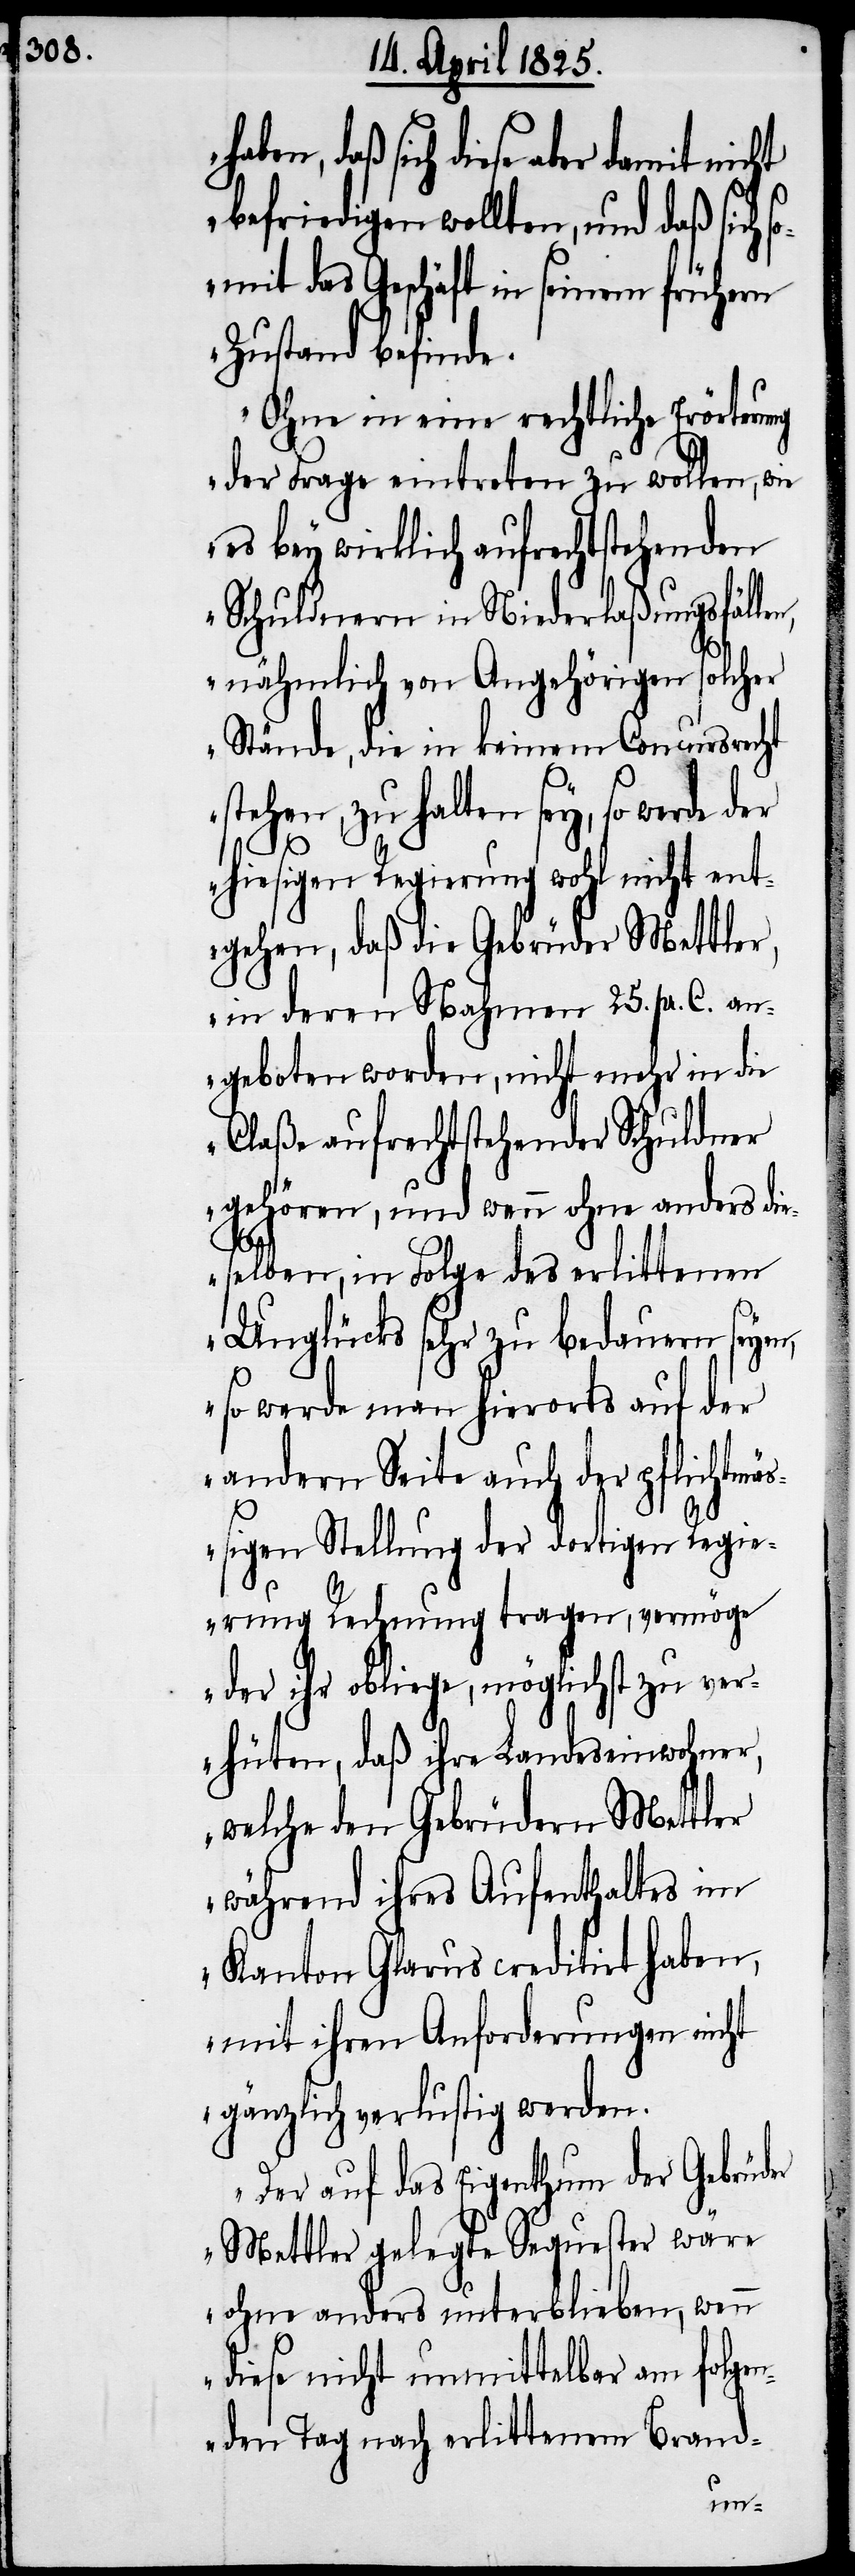
ben, daß sich diese aber damit nicht
befriedigen wollten, und daß sich
somit das Geschäft in seinem frühern
Zustand befinde.
Ohne in eine rechtliche Erörterung
der Frage eintreten zu wollen, wie
es bey wirklich aufrechtstehenden
Schuldnern in Niederlaßungsfällen,
nähmlich von Angehörigen solcher
Stände, die in keinem Concursrecht
stehen, zu halten sey, so werde der
hiesigen Regierung wohl nicht ent¬
gehen, daß die Gebrüder Mettler,
in deren Nahmen 25. pr. C. an¬
geboten worden, nicht mehr in die
Claße aufrechtstehender Schuldner
gehören, und wenn ohne anders die¬
selben, in Folge des erlittenen
Unglücks sehr zu bedauern seyen,
so werde man hierorts auf der
andern Seite auch der pflichtmäß¬
igen Stellung der dortigen Regie¬
rung Rechnung tragen, vermöge
der ihr obliege, möglichst zu ver¬
hüten, daß ihre Landeseinwohner,
welche den Gebrüdern Mettler
während ihres Aufenthaltes im
Kanton Glarus creditirt haben,
mit ihren Anforderungen nicht
gänzlich verlustig werden.
Der auf das Eigenthum der Gebrüder
Mettler gelegte Sequester wäre
ohne anders unterblieben, wenn
diese nicht unmittelbar am folgen¬
den Tag nach erlittenem Brand-
ha¬